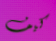
كيف